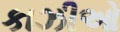
કાઝીઓ